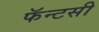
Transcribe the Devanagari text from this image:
फॅन्टसी